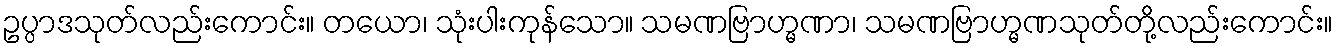
ဥပ္ပာဒသုတ်လည်းကောင်း။ တယော၊ သုံးပါးကုန်သော။ သမဏဗြာဟ္မဏာ၊ သမဏဗြာဟ္မဏသုတ်တို့လည်းကောင်း။